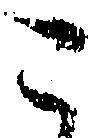
こ